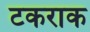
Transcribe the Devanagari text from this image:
टकराक